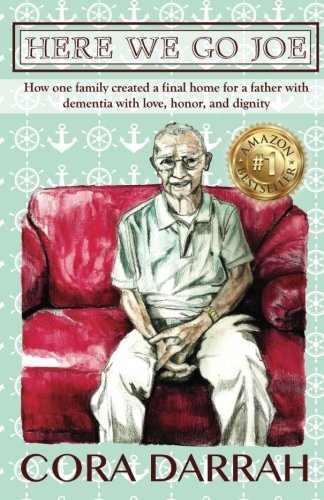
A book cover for Here We Go Joe: How one family created a final home for a father with dementia with love, honor, and dignity.; Mrs. Cora H. Darrah; Parenting & Relationships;